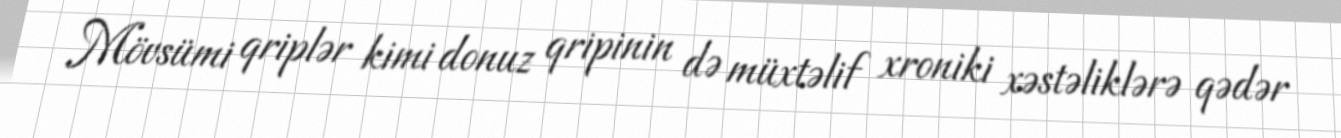
Mövsümi qriplər kimi donuz qripinin də müxtəlif xroniki xəstəliklərə qədər